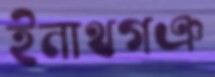
ইনাথগঞ